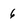
Character: 6